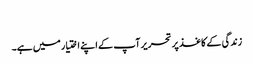
​
زندگی کے کاغذ پر تحریر آپ کے اپنے اختیار میں ہے۔